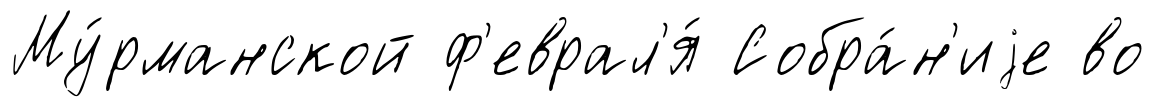
Му́рманской ф'еврал'я́ Собра́н'иjе во